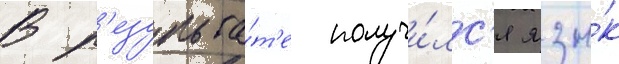
В р'езульта́т'е получи́лс'я язы́к